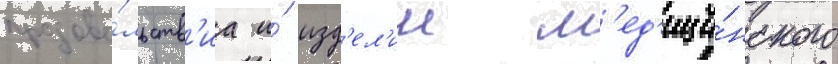
продово́льств'иа и́ изд'ел'ии м'ед'ици́нского